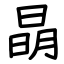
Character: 𣇵